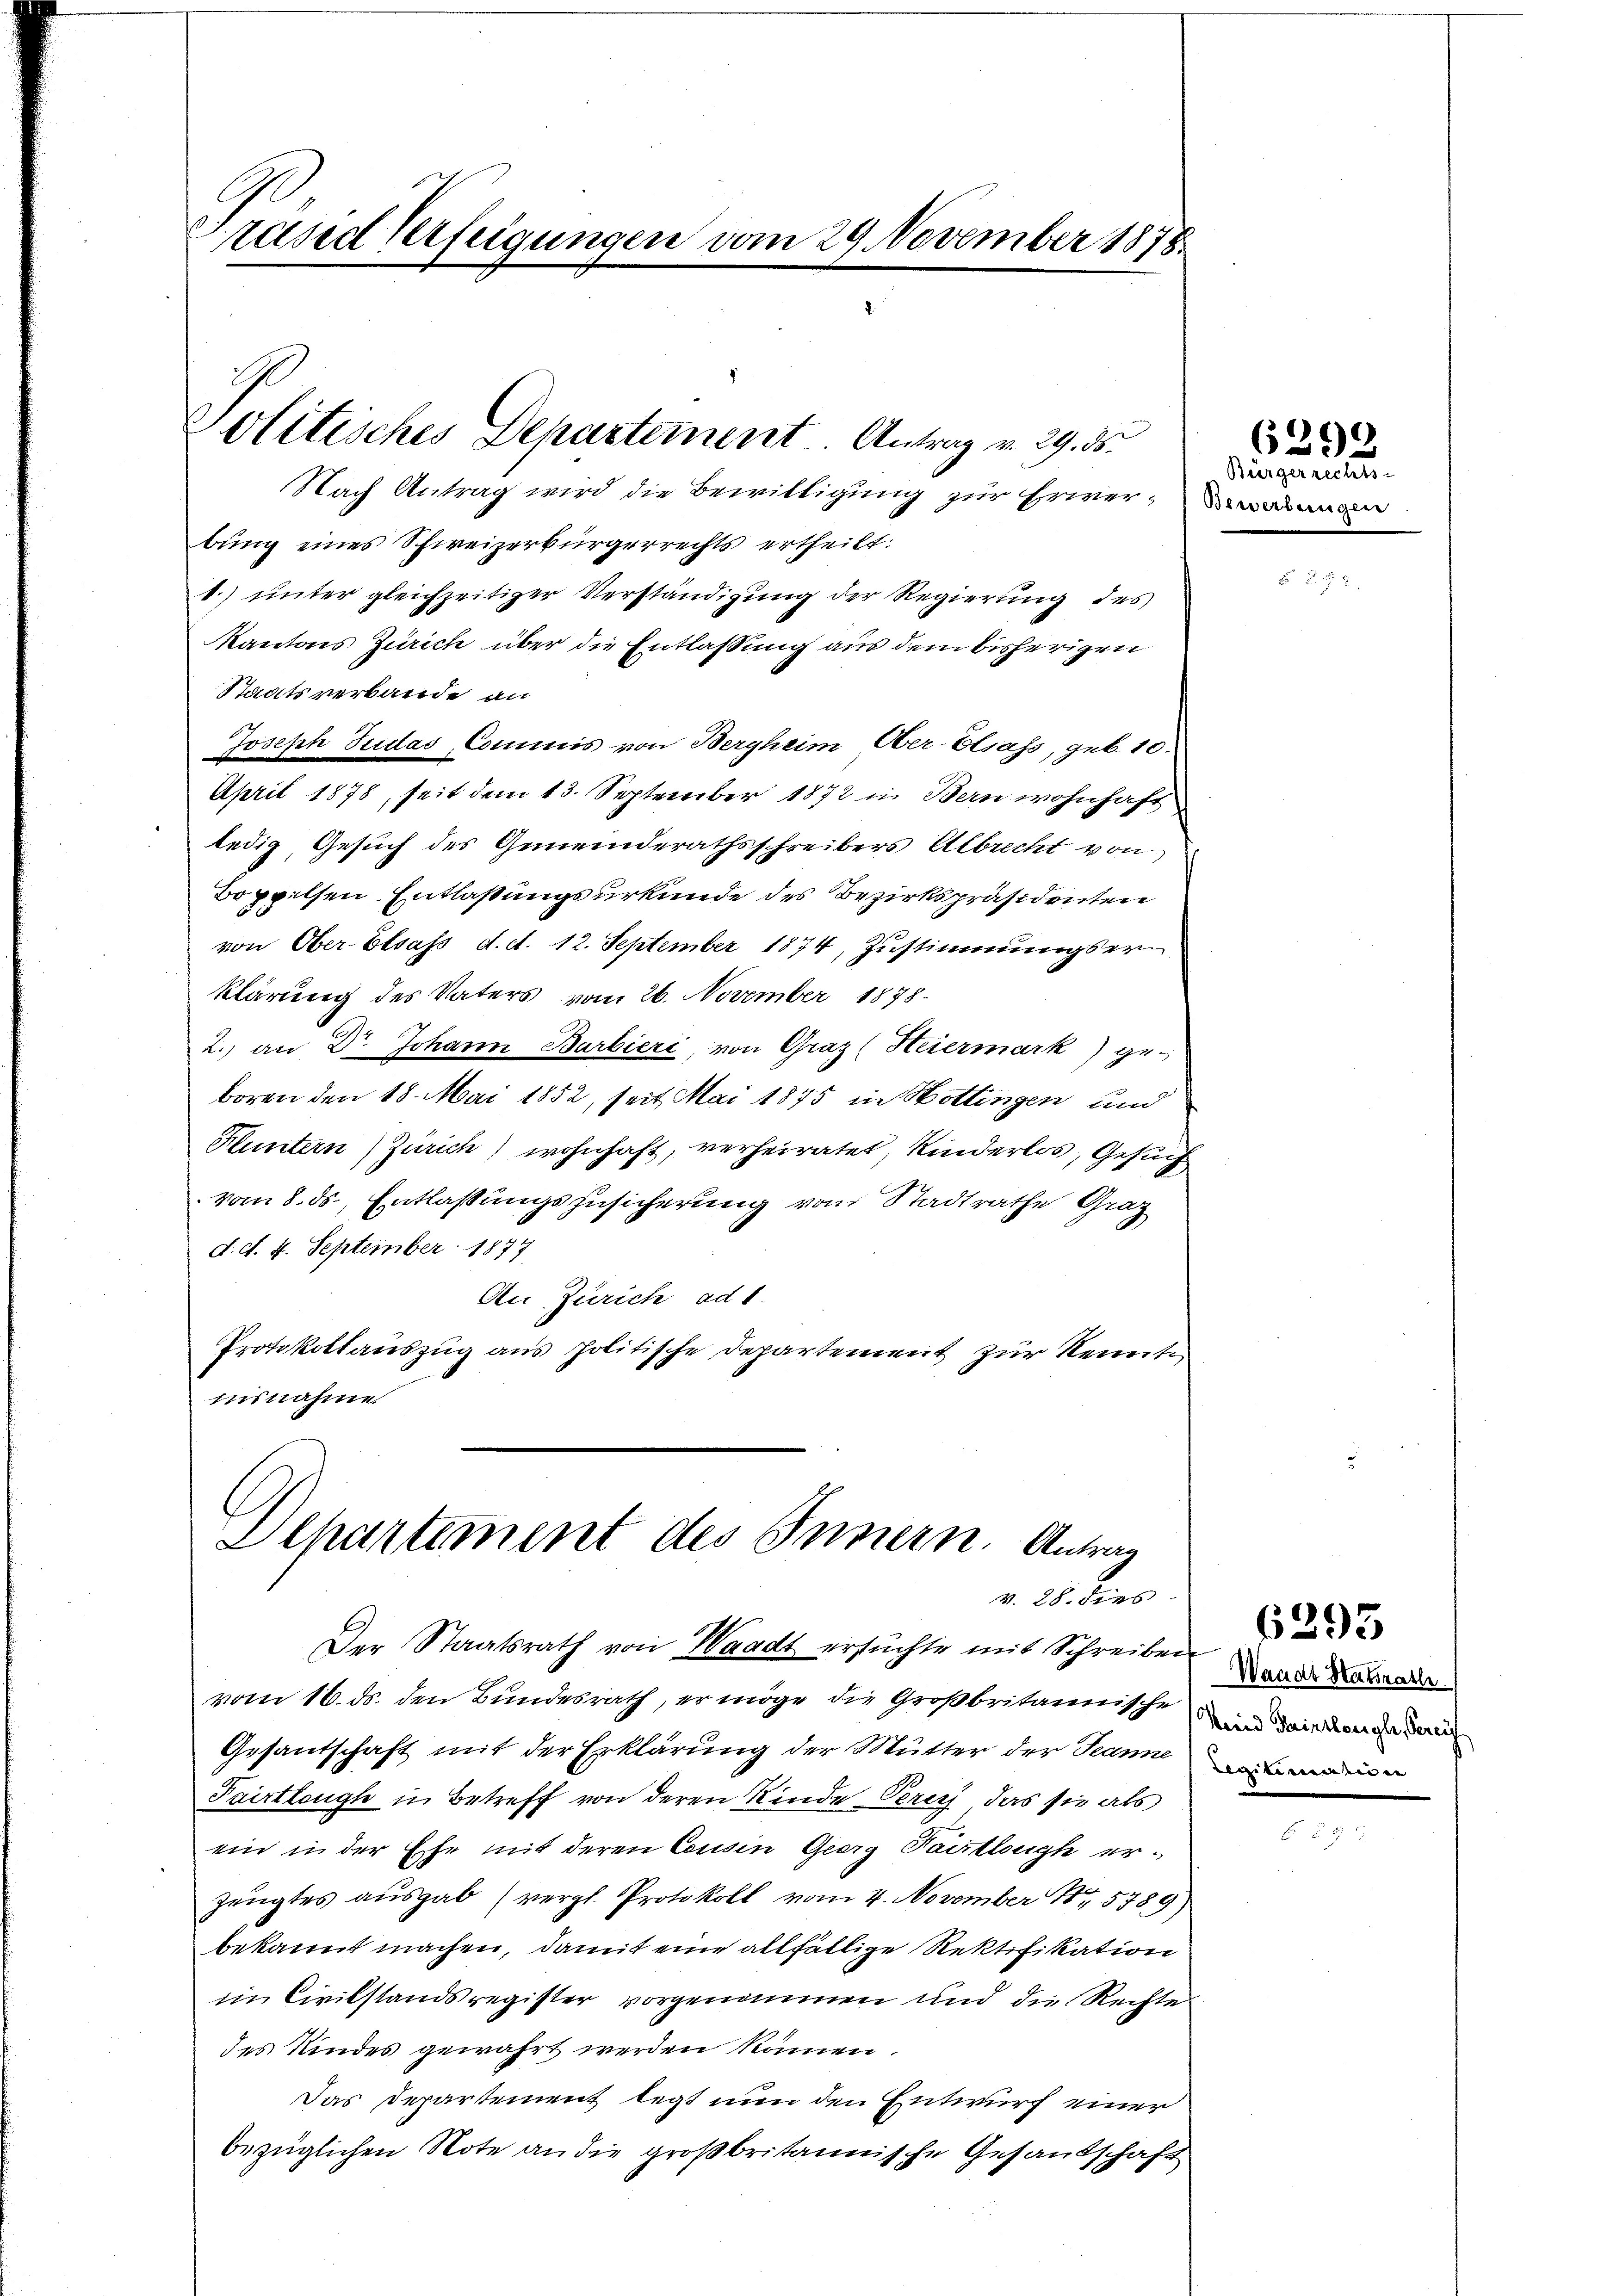
rand Verfeigungen vom 29. November 1878

Politisches Departement Antrag v. 29. 35.

Nach Antrag wird die Bewilligung zur Erwer-Damen
bung eines Schweizerbürgerrechts ertheilt:
t.) unter gleichzeitiger Verständigung der Regierung des
Kantons Zürich über die Entlassung aus dem bisherigen
Staatsverbande an
Joseph Judas Commis von Bergheim Ober-Elsass, geb. 10.
April 1878, seit dem 13. September 1872 in Bern wohnhaft
ledig, Gesuch des Gemeinderathsschreibers Albrecht von
Boppelsen Entlaßungsurkunde des Bezirkspräsidenten
von Ober- Elsass d. d. 12. September 1874, Zustimmungsern
klärung des Vaters vom 26. November 1878.
2.) an Dr. Johann Barbieri, von Graz (Heiermark) ge-
boren den 18. Mai 1852, seit Mai 1875 in Hottingen und
Fluntern Zürich) wohnhaft, verheiratet, Kinderlos, Gesuch
vom 8. ds., Entlaßungszusicherung vom Stadtrathe Graz
d. d. 4. September 1877
An Zürich ad 1.
Protokollauszug aus politische Departement zur Kenntinsnahme

Departement des Innern. Antrag
v. 28. dies
Der Staatsrath von Waadt ersuchte mit Schreiben

vom 16. ds. den Bundesrath, ermöge die Großbritannische in Standange den
Gesantschaft mit der Erklärung der Mutter der Jeanne
Pairtlough in Betreff von deren Kinde Perich, das sie als
ein in der Ehe mit deren Cousin Georg Paistlough er-
zeugtes aŭsgab (vergl. Protokoll vom 4. November 185789)
bekannt machen, damit eine allfällige Rektifikation
im Civilstandsregister vorgenommen und die Rechte
des Kindes gewahrt werden kämen.
Das Departement legt nun den Entwurf einer
bezüglichen Note an die großbritannische Gesandschaft

dingungen.

6299

Waadt Hatratli

6293